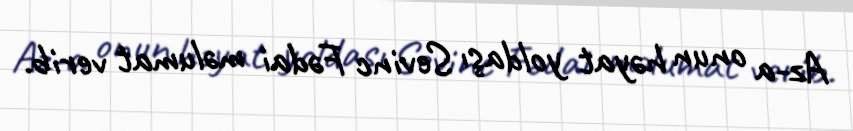
Az-a onun həyat yoldaşı Sevinc Fədai məlumat verib.